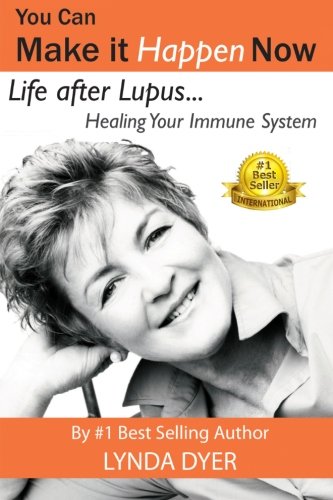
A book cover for You Can Make It Happen Now: Life After Lupus: Healing Your Immune System; Lynda Dyer; Health, Fitness & Dieting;